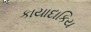
કાયાદાકિય